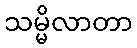
သမ္မိလာတာ